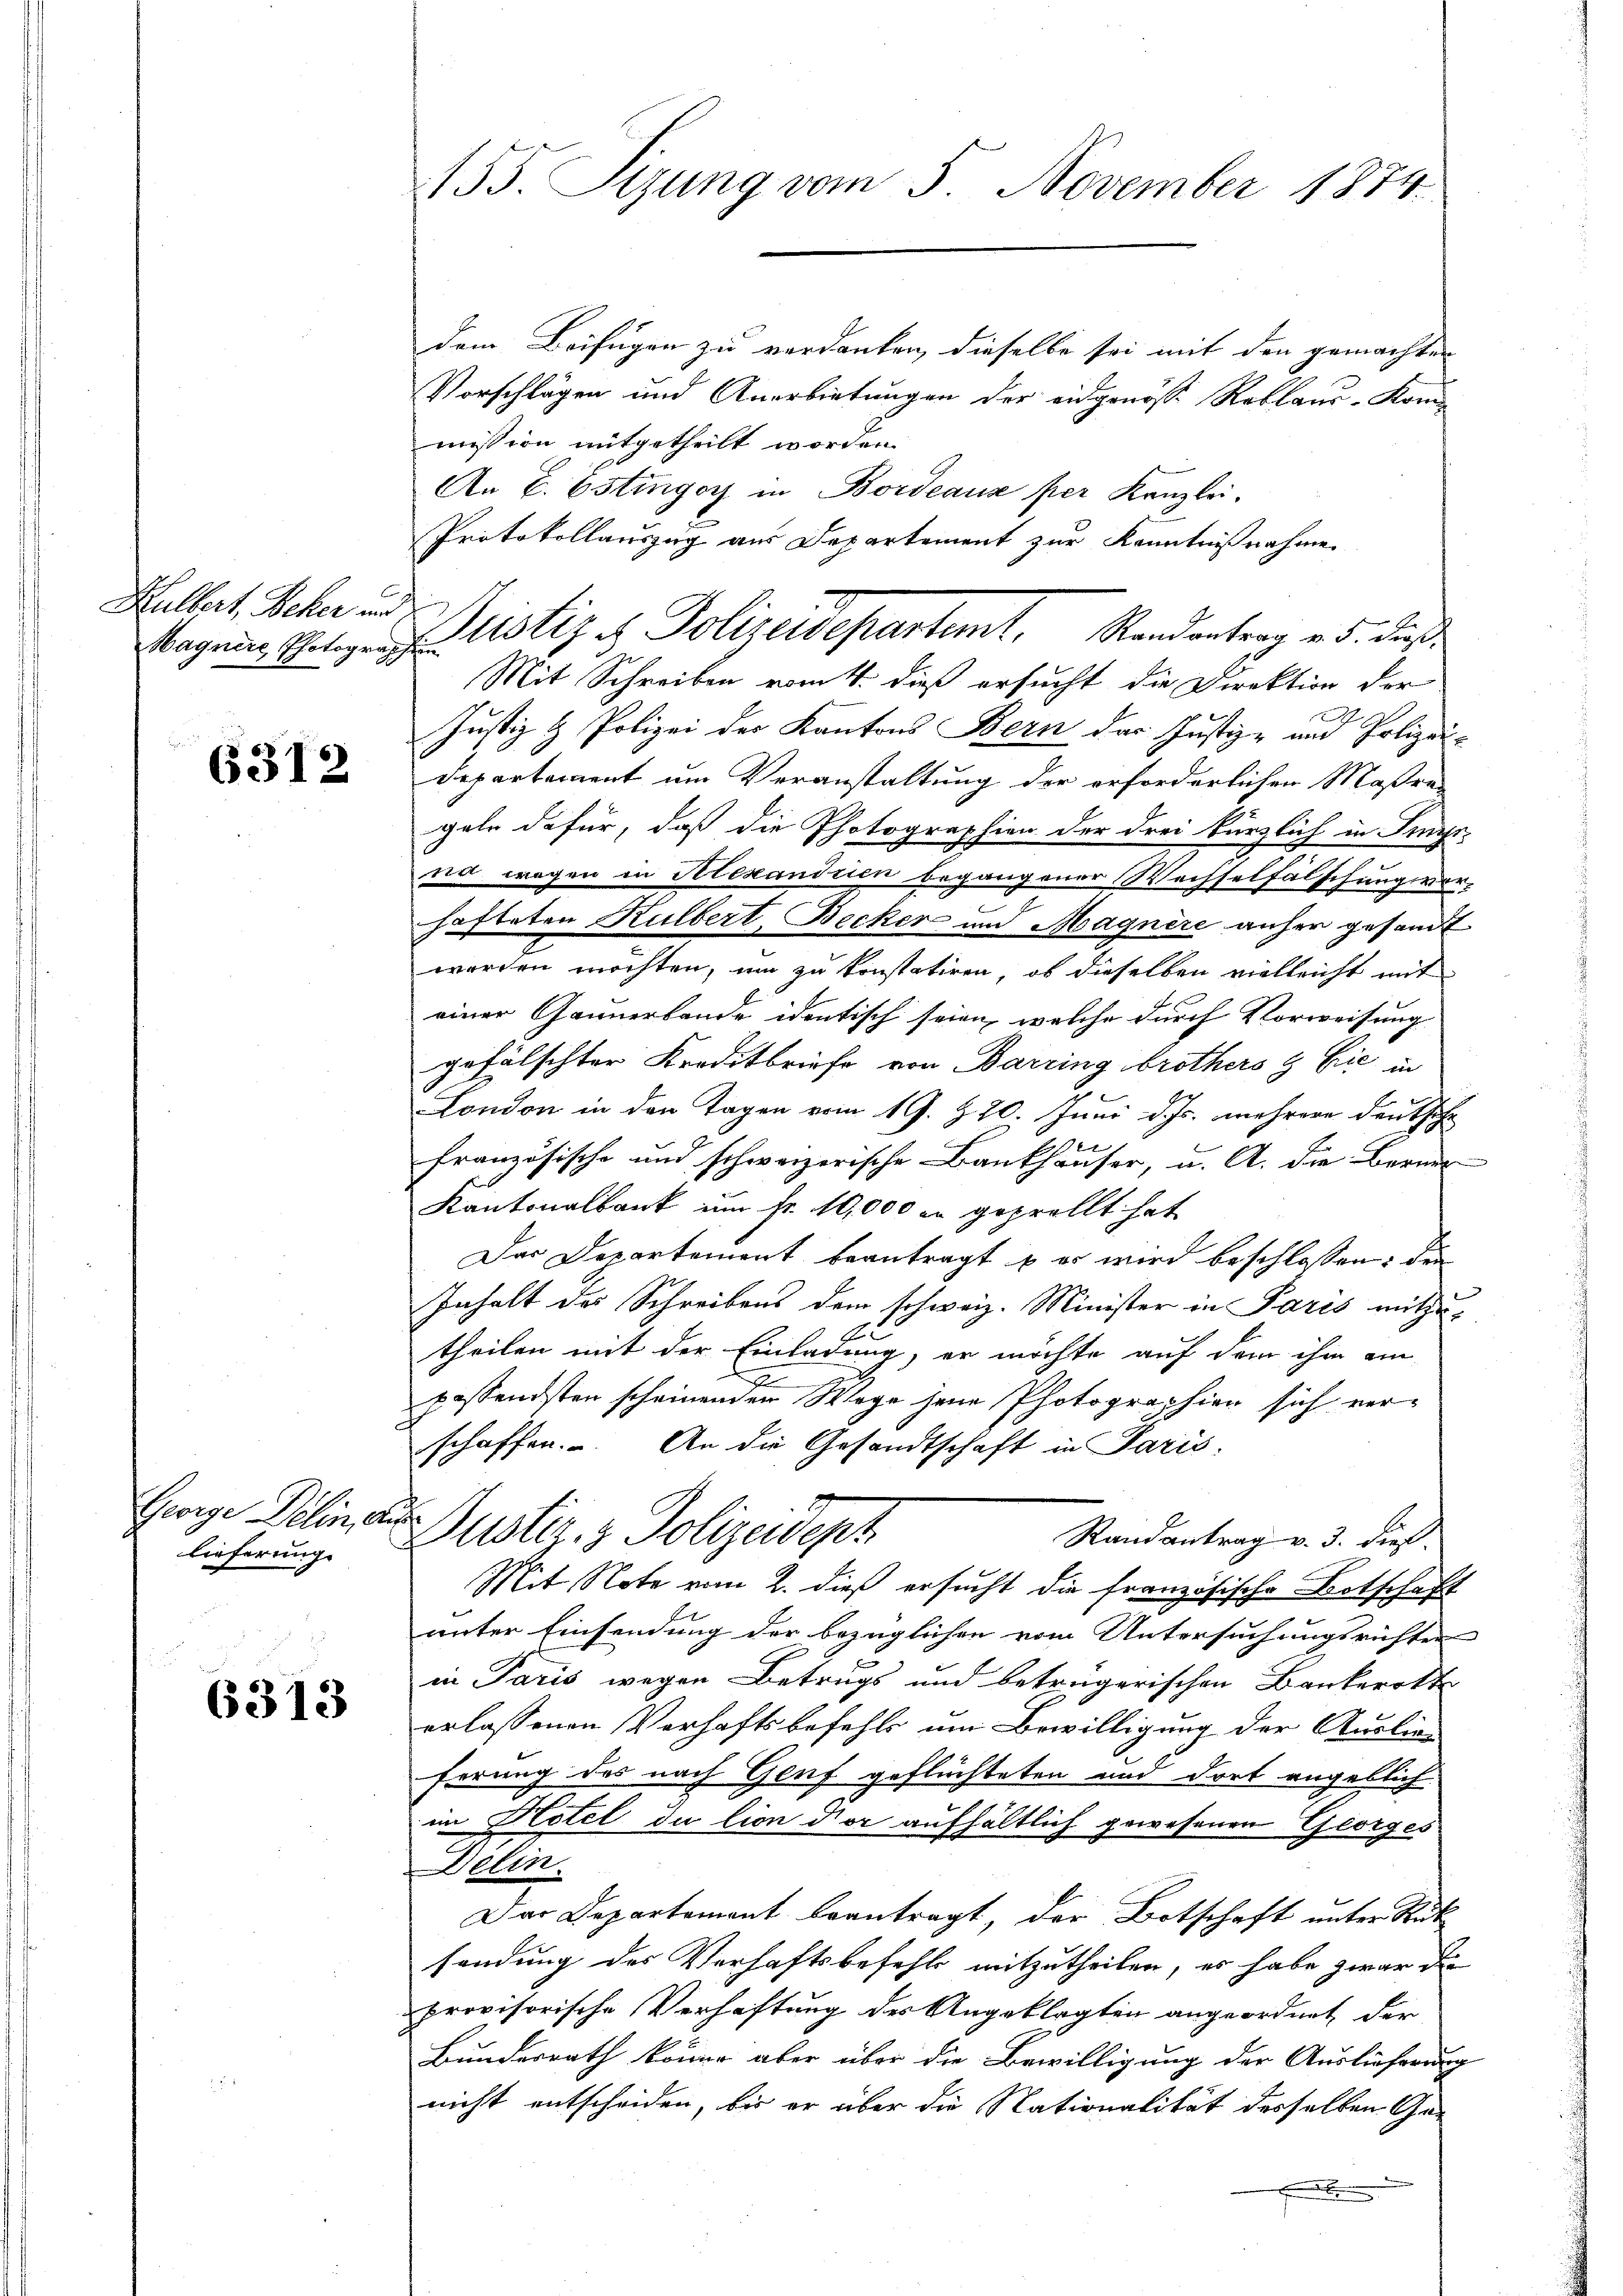
Hulbert, Beher und

6312

Ewige Delin, aus
lieferung.

6313

dem Beifügen zu verdanken, dieselbe sei mit den gemachten
Vorschlägen und Anerbietungen der eidgenösse Reklaus-Komi
mission mitgetheilt worden.
An T. Ostinger in Bordeaus per Kanzlei.
Protokollauszug aus Departement zur Kenntnißnahme
Mit Schreiben vom 4. dieß ersucht die Direktion der
Justiz & Polizei der Kantons Bern das Justiz- und Polizei-
Departement um Veranstaltung der erforderlichen Maßre
geln dafür, daß die Photographien der drei kürzlich in Inner
na wegen in Alexandrien begangener Wechselfälschung vor-
hafteten Kulbert. Becker und Magnire anher gesandt
worden möchten, um zu konstatiren, ob dieselben vielleicht mit
einer Cannerlande identisch seien, welche durch Vorweisung
gefälschter Kreditbriefe von Barring brothers & Cie in
London in den Tagen vom 19. Z. 20. Juni d. Js. mehrere Deuthofe
französische und schweizerische Bankhäuser, u. A. die Berner
Kantonalbank ŭm fr. 10,000 er geprellt hat
Das Departement beantragt u es wird beschlossen: den
Inhalt des Schreibens dem schweiz. Minister in Paris mitzu¬
4
theilen mit der Einladung, er möchte auf dem ihm am
passendsten scheinenden Wage jene Photographien sich verschaffen. An die Gesandtschaft in Paris,
Dustiz- & Polizeidept
Randantrag v. 3. dieß¬
Mit Note vom 2. dieß ersucht die französische Botschaft
unter Einsendung der bezüglichen vom Untersuchungsrichter
in Paris wegen Betrugs und betrügerischen Bankerotte
erlassenen Verhaftsbefehls um Bewilligung der Auslie
ferung des nach Genf geflüchteten und dort angeblich
in Hotel du tion der aufhältlich gewesenen Georges
Delin.
Das Departement beantragt, der Botschaft unter Rük
sendung des Verhaftsbefehl mitzutheilen, es habe zwar die
provisorische Verhaftung des Angeklagten angeordnet der
Bundesrath könne aber über die Bewilligung der Auslieferung
nicht entscheiden, bis er über die Nationalität desselben Ga-
F

155. Sizung vom 5. November 1874.

Ragen Polize Notiz es Polizeidepartemt. Randantrag u. d. daß